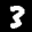
Label: 3